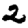
Digit: 2